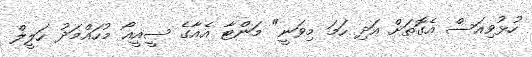
ހުޅުވިއަސް އެގޮތަށް އަދި ހަމަ މިވަނީ" މަންޓާ އެއާގެ ސީއީއޯ މުހައްމަދު ހަލީލް